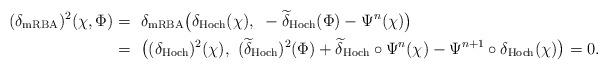
LaTeX: \begin{align*}(\delta_\mathrm{mRBA})^2 (\chi, \Phi) =~& \delta_\mathrm{mRBA} \big( \delta_\mathrm{Hoch} (\chi), ~ - \widetilde{\delta}_\mathrm{Hoch} (\Phi) - \Psi^n (\chi) \big) \\=~& \big( (\delta_\mathrm{Hoch})^2 (\chi), ~ (\widetilde{\delta}_\mathrm{Hoch})^2 (\Phi) + \widetilde{\delta}_\mathrm{Hoch} \circ \Psi^n (\chi) - \Psi^{n+1} \circ \delta_\mathrm{Hoch} (\chi) \big) = 0.\end{align*}